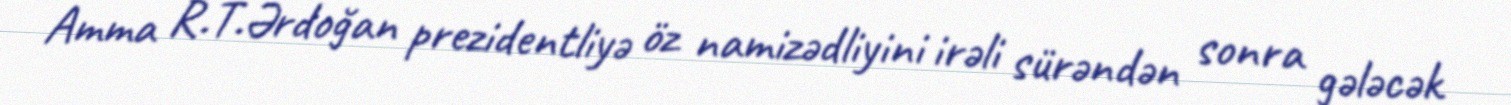
Amma R.T.Ərdoğan prezidentliyə öz namizədliyini irəli sürəndən sonra gələcək